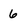
Character: 6